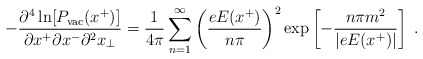
\begin{align*}- {\partial^4 \ln[P_{\rm vac}(x^+)] \over \partial x^+ \partial x^- \partial^2x_{\bot}} = {1 \over 4 \pi} \sum_{n =1}^{\infty} \left({e E(x^+) \over n \pi}\right)^2 \exp\left[- {n \pi m^2 \over \vert e E(x^+)\vert} \right] \; .\end{align*}